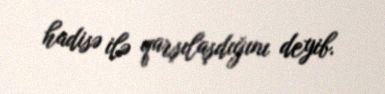
hadisə ilə qarşılaşdığını deyib.